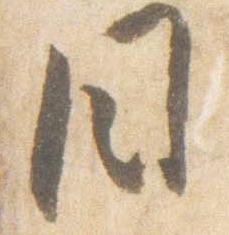
目